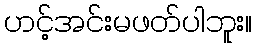
ဟင့်အင်းမဖတ်ပါဘူး။